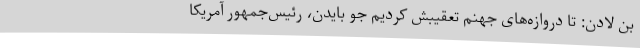
بن لادن: تا دروازه‌های جهنم تعقیبش کردیم جو بایدن، رئیس‌جمهور آمریکا